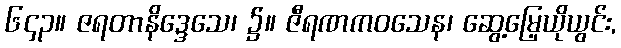
၆၄၃။ ဇရတာနိဒ္ဒေသေ၊ ၌။ ဇီရဏကဝသေန၊ ဆွေ့မြေ့ယိုယွင်း,